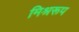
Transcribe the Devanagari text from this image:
मिश्ररूप